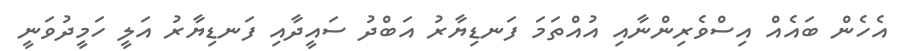
އެހެން ބައެއް އިސްވެރިންނާއި އުއްތަމަ ފަނޑިޔާރު އަބްދު ސައީދާއި ފަނޑިޔާރު އަލީ ހަމީދުވަނީ